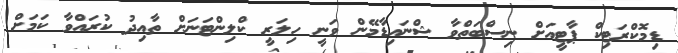
ޑިމޮކްރަޓިކް ޕާޓީއަށް ނިސްބަތްވާ ޝްނައިޑާމޭން ވަނީ ހިލަރީ ކްލިންޓަނަށް ތާއިދު ކުރައްވާ ކަމަށް